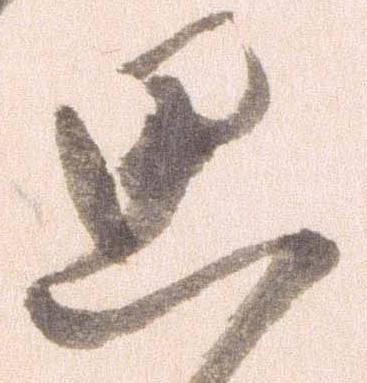
思